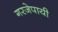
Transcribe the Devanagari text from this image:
गरजेपायी